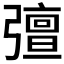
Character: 𭛈